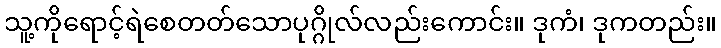
သူ့ကိုရောင့်ရဲစေတတ်သောပုဂ္ဂိုလ်လည်းကောင်း။ ဒုကံ၊ ဒုကတည်း။